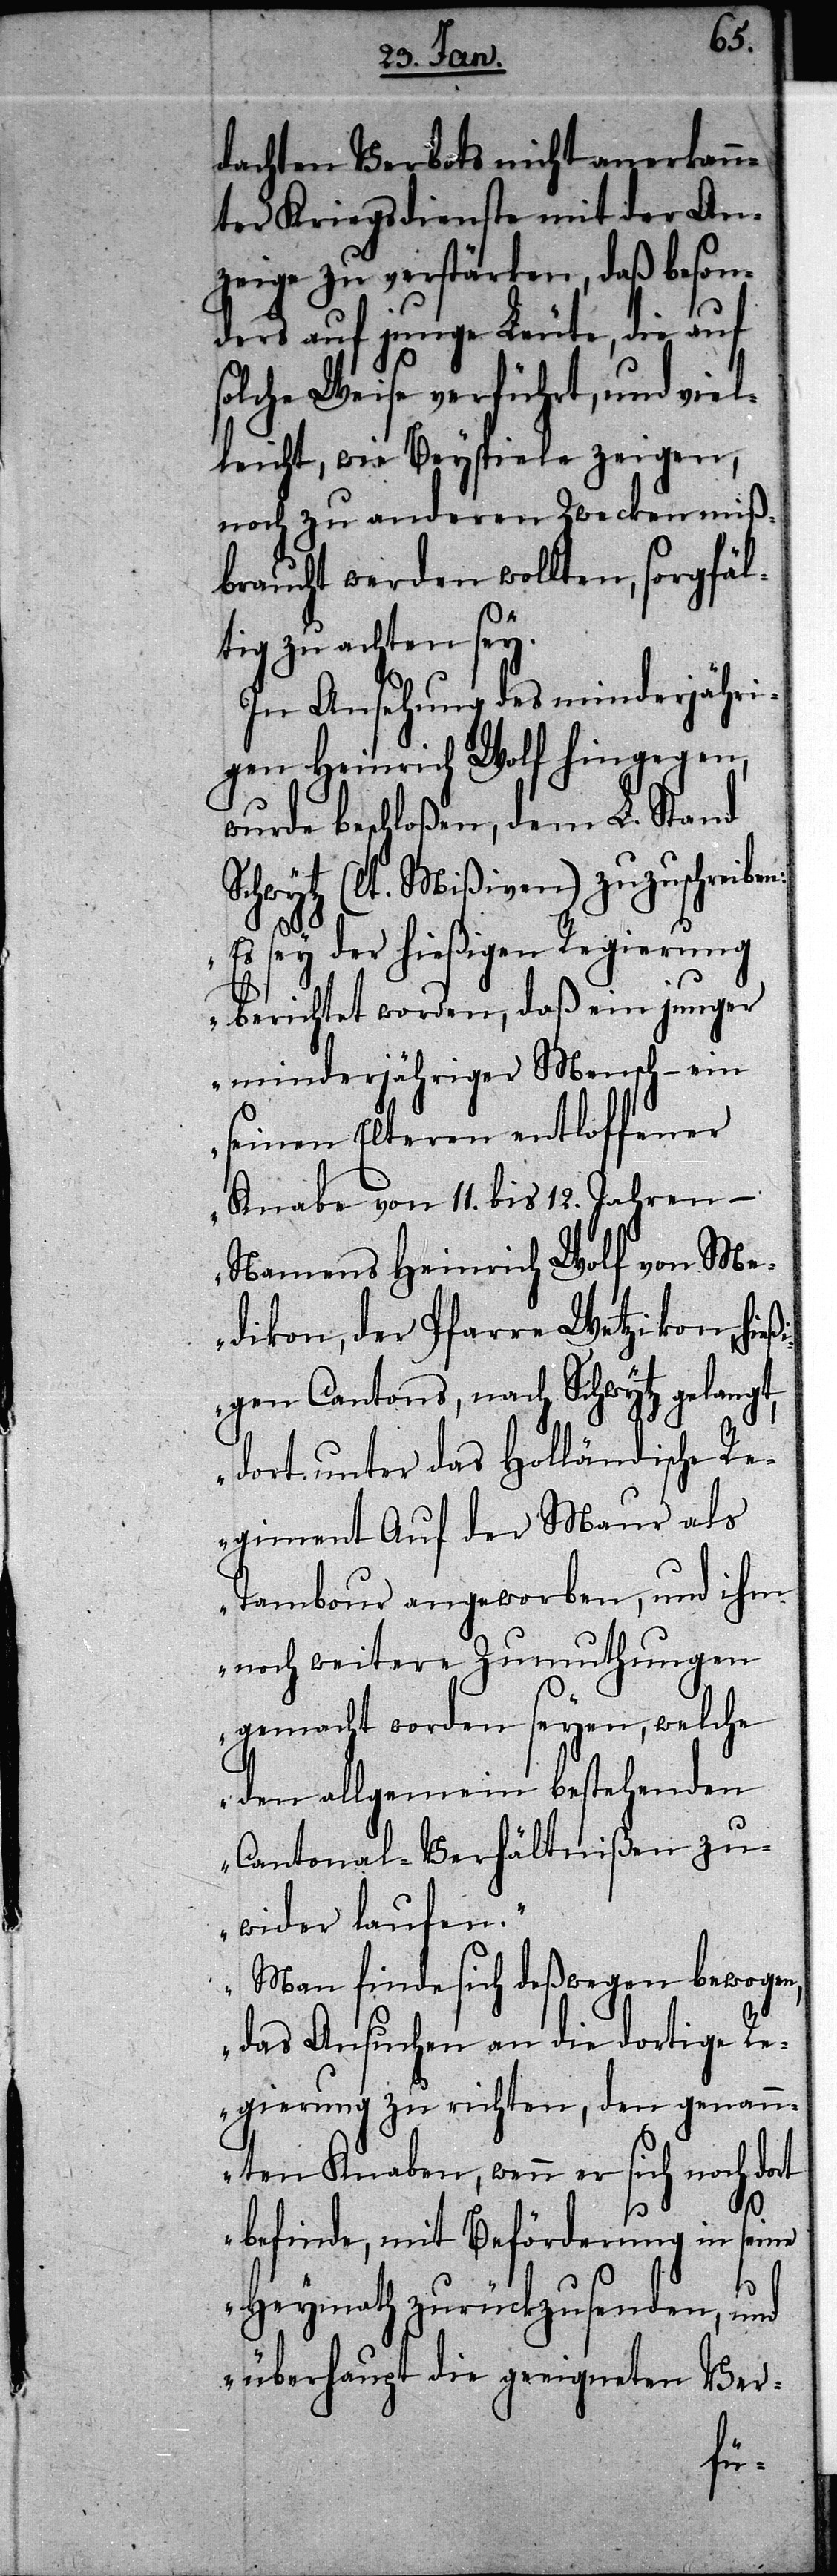
dachten Verbots nicht anerkann¬
ter Kriegsdienste mit der An¬
zeige zu verstärken, daß beson¬
ders auf junge Leute, die auf
solche Weise verführt, und viel¬
leicht, wie Beyspiele zeigen,
noch zu anderen Zwecken miß¬
braucht werden wollten, sorgfäl¬
tig zu achten sey.
In Ansehung des minderjähri¬
gen Heinrich Wolf hingegen,
wurde beschloßen, dem L. Stand
Schwytz (lt. Mißiven) zuzuschreiben:
sey der hießigen Regierung
berichtet worden, daß ein junger
minderjähriger Mensch – ein
seinen Eltern entloffener
Knabe von 11. bis 12. Jahren –
Namens Heinrich Wolf von Me¬
dikon, der Pfarre Wetzikon, hieß¬
igen Cantons, nach Schwytz gelangt,
dort unter das Holländische Re¬
giment Auf der Maur als
Tambour angeworben, und ihm
noch weitere Zumuthungen
gemacht worden seyen, welche
den allgemein bestehenden
Cantonal-Verhältnißen zu¬
wider laufen.“
„Man finde sich deßwegen bewogen,
das Ansuchen an die dortige R¬
egierung zu richten, den genan¬
nten Knaben, wenn er sich noch dort
befinde, mit Beförderung in seine
Heymath zurückzusenden, und
überhaupt die geeigneten Ver-